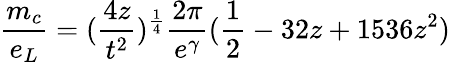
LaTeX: \frac{m_{c}}{e_{L}}=(\frac{4z}{t^{2}})^{\frac{1}{4}}\frac{2\pi}{e^{\gamma}}(\frac{1}{2}-32z+1536z^{2})